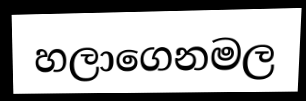
හලාගෙනමල